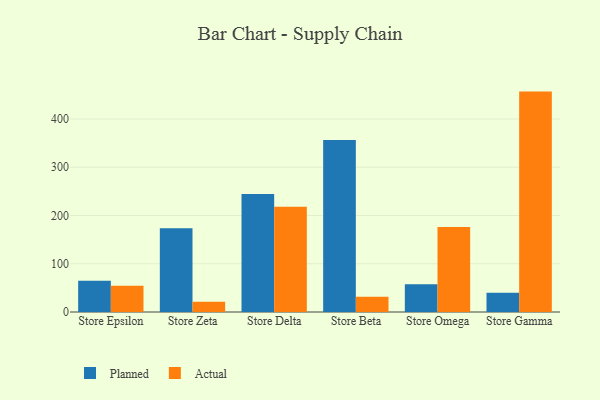
{"axis": {"x": "Store", "y": "Satisfaction Score"}, "legend": ["Actual", "Planned"], "data": [{"x": "Store Epsilon", "y": 64.9, "type": "Planned"}, {"x": "Store Epsilon", "y": 54.6, "type": "Actual"}, {"x": "Store Zeta", "y": 173.5, "type": "Planned"}, {"x": "Store Zeta", "y": 21.4, "type": "Actual"}, {"x": "Store Delta", "y": 244.3, "type": "Planned"}, {"x": "Store Delta", "y": 218.0, "type": "Actual"}, {"x": "Store Beta", "y": 356.6, "type": "Planned"}, {"x": "Store Beta", "y": 31.7, "type": "Actual"}, {"x": "Store Omega", "y": 57.5, "type": "Planned"}, {"x": "Store Omega", "y": 176.1, "type": "Actual"}, {"x": "Store Gamma", "y": 39.7, "type": "Planned"}, {"x": "Store Gamma", "y": 456.7, "type": "Actual"}]}